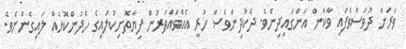
ވަރަށް ދުވަސްވެފައި ވާކަން އަންގައިދިނެވެ. ދެކުދިންވެސް ހުރީ އެއްވައްތަރުން ފިޔާތޮށިކުލައިގެ ހެދުންކޮޅެއް ލައިގެންނެވެ.